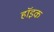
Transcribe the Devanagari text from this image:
हॉइक